Lunatic asylums Bombay report 1891-1903 - 1891-1903
Year: 1891
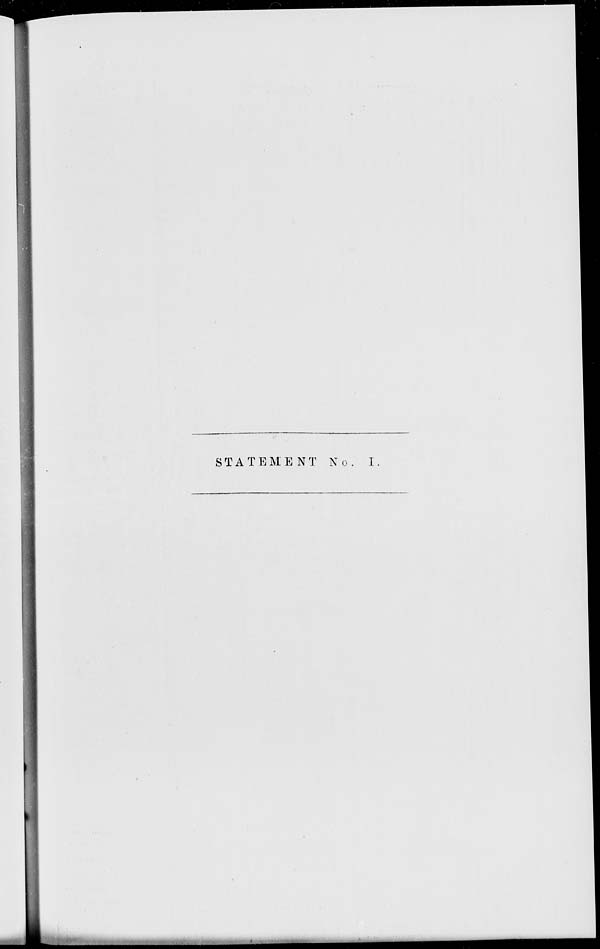
STATEMENT No. I.